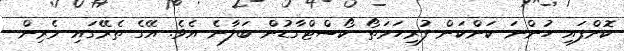
ކޮށްފައި ހުންނަ ކަންކަން ފުރިހަމަތޯ ކޯސްޓްގާޑުން ބަލާނެ އެވެ. އޭގެ ތެރޭގައި މެރިން